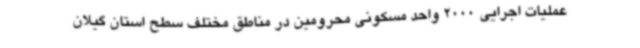
عملیات اجرایی 2000 واحد مسکونی محرومین در مناطق مختلف سطح استان گیلان